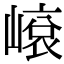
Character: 𡻨